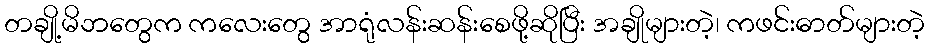
တချို့မိဘတွေက ကလေးတွေ အာရုံလန်းဆန်းစေဖို့ဆိုပြီး အချိုများတဲ့၊ ကဖင်းဓာတ်များတဲ့